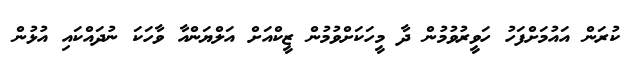
ކުރަން އައުމަށްފަހު ހަވީރުވުމުން ދާ މީހަކަށްވުމުން ޒީކްއަށް އަލްޔަންއާ ވާހަކަ ނުދައްކައި އުޅުން